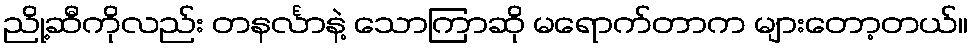
ညို့ဆီကိုလည်း တနင်္လာနဲ့ သောကြာဆို မရောက်တာက များတော့တယ်။